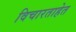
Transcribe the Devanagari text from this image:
विचारताहेत